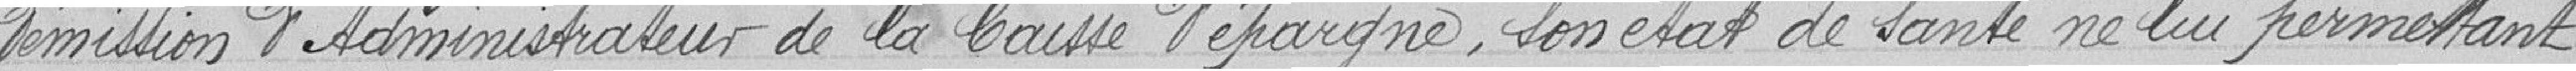
démission d'administrateur de la Caisse d'Epargne, son état de santé ne lui permettant